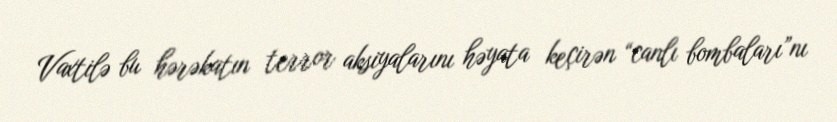
Vaxtilə bu hərəkatın terror aksiyalarını həyata keçirən “canlı bombaları”nı